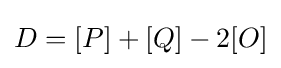
D=[P]+[Q]-2[O]